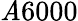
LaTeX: \mathit{A}6000